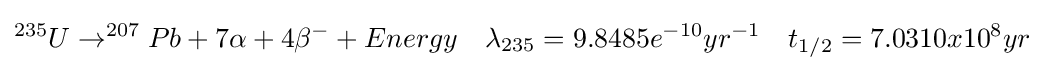
^{235}U\rightarrow ^{207}Pb+7\alpha +4\beta ^{-}+Energy\quad \lambda _{235}=9.8485{e}^{-10}yr^{-1}\quad t_{1/2}=7.0310x10^{8}yr